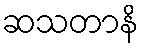
ဆသတာနိ